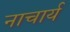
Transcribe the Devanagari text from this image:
नाचार्य